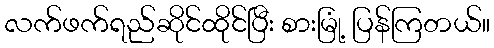
လက်ဖက်ရည်ဆိုင်ထိုင်ပြီး စားမြုံ့ ပြန်ကြတယ်။